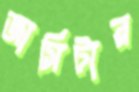
জার্সিটার